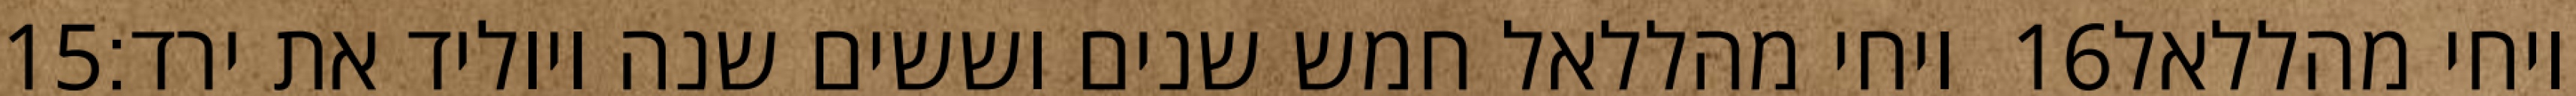
‎15‏ ויחי מהללאל חמש שנים וששים שנה ויוליד את ירד׃ ‎16‏ ויחי מהללאל